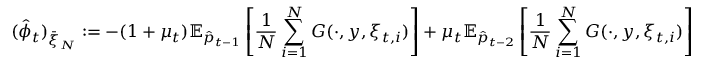
( \hat { \phi } _ { t } ) _ { \Bar { \xi } _ { N } } : = - ( 1 + \mu _ { t } ) \mathbb { E } _ { \hat { p } _ { t - 1 } } \left[ \frac { 1 } { N } \sum _ { i = 1 } ^ { N } G ( \cdot , y , \xi _ { t , i } ) \right] + \mu _ { t } \mathbb { E } _ { \hat { p } _ { t - 2 } } \left[ \frac { 1 } { N } \sum _ { i = 1 } ^ { N } G ( \cdot , y , \xi _ { t , i } ) \right]